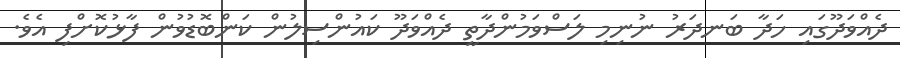
ދެއްވަދޫގައި ހަދާ ބަނދަރު ނުނިމި ލަސްވަމުންދާތީ ދެއްވަދޫ ކައުންސިލުން ކަންބޮޑުވުން ފާޅުކޮށްފި އެވެ.